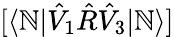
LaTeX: [\langle\mathbb{N}|\hat{{V}}_{1}\hat{{R}}\hat{{V}}_{3}|\mathbb{N}\rangle]